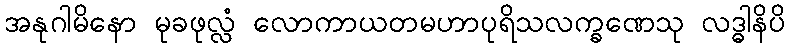
အနုဂါမိနော မုခဖုလ္လံ လောကာယတမဟာပုရိသလက္ခဏေသု လဒ္ဓါနိပိ